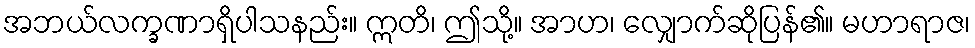
အဘယ်လက္ခဏာရှိပါသနည်း။ ဣတိ၊ ဤသို့။ အာဟ၊ လျှောက်ဆိုပြန်၏။ မဟာရာဇ၊